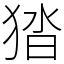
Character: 㹺